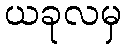
ယခုလမှ